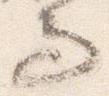
而